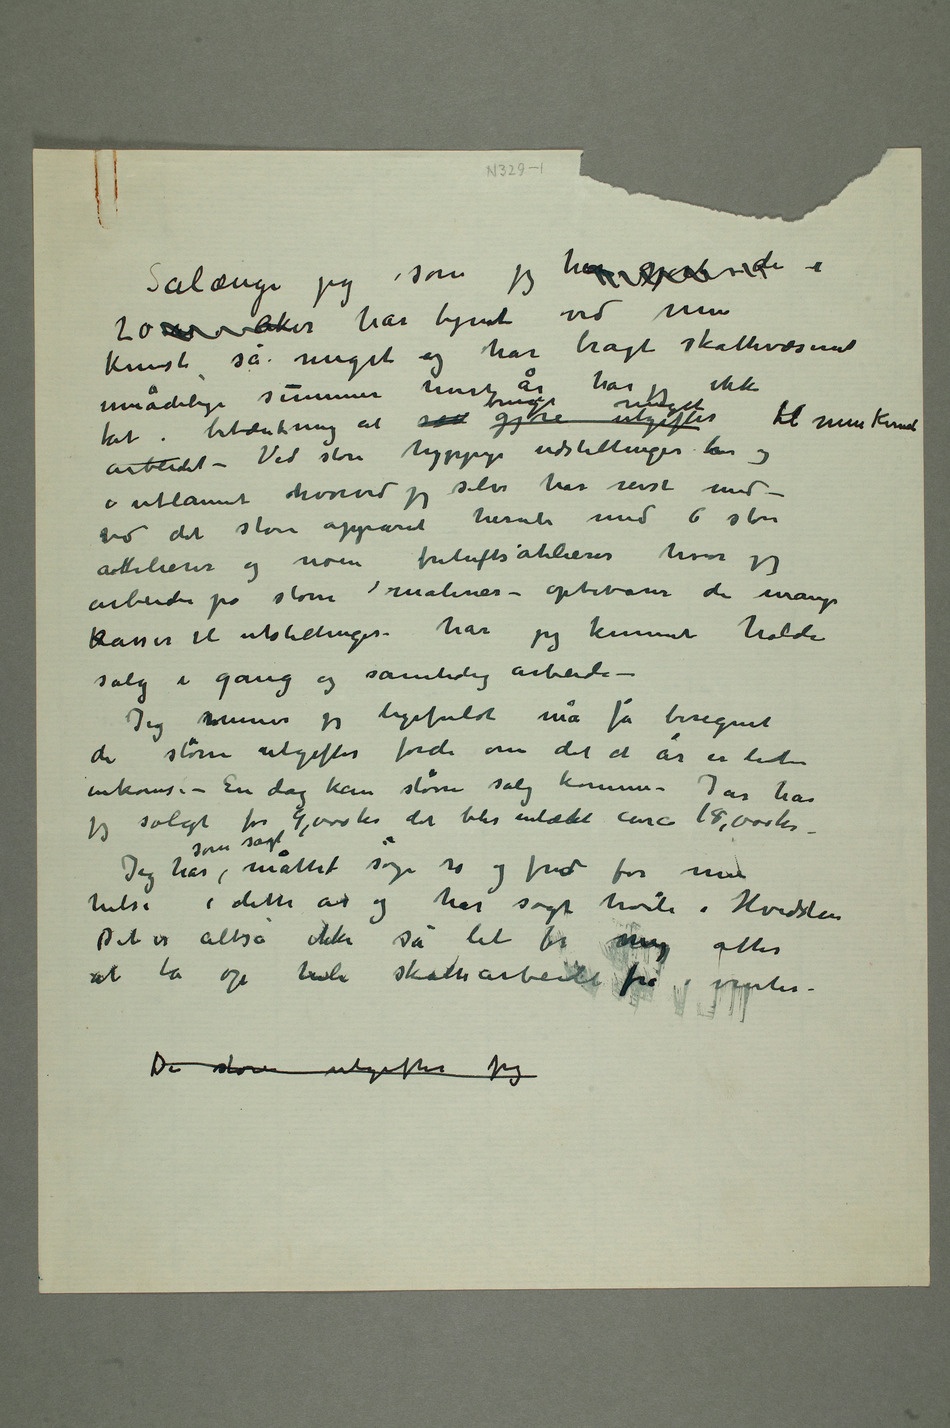
Sålænge jeg som jeg har gjort de i
20 år i Aker har lignet ved min
kunst så meget jeg har brakt skattevæsenet
umådelige summer hvert år har jeg ikke
tat i betænkning at sett gjøre utgifter bruge meget til min
arbeidet – Ved store hyppige udstillinger her og
i utlannet hvorved jeg selv har reist med –
ved det store apparat
attelierer og noen friluftsatelierer hvor jeg
arbeider på store malerier – opbevarer de mange
kasser til utstillinger – har jeg kunnet holde
salg i gang og samtidig arbeide –
Jeg mener jeg ligefuldt må få beregnet
de større utgifter fordi om det et år er lite
inkoms – En dag kan større salg komme – I år har
jeg solgt for 9,000 kr det blir intækt circa 18,000 kr –
Jeg har som sagt måttet søge ro og fred for min
helse i dette år og har søgt hvile i Hvidsten
Det er altså ikke så let for migmig atter
at ta op hele skattearbeidet fra i vinter.
De store utgifter jeg